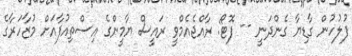
ފުލުހުން ގާޑިޔާ ގެންދަނީ -- ފޮޓޯ: ރާއްޖެއެމްވީ ރައީސް ޔާމީންގެ އިސްތިއުފާއަށް މުޒާހަރާގެ